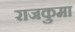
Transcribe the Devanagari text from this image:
राजकुमा